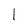
Character: l